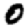
Digit: 0